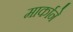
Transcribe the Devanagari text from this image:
मार्काने